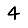
Digit: 4